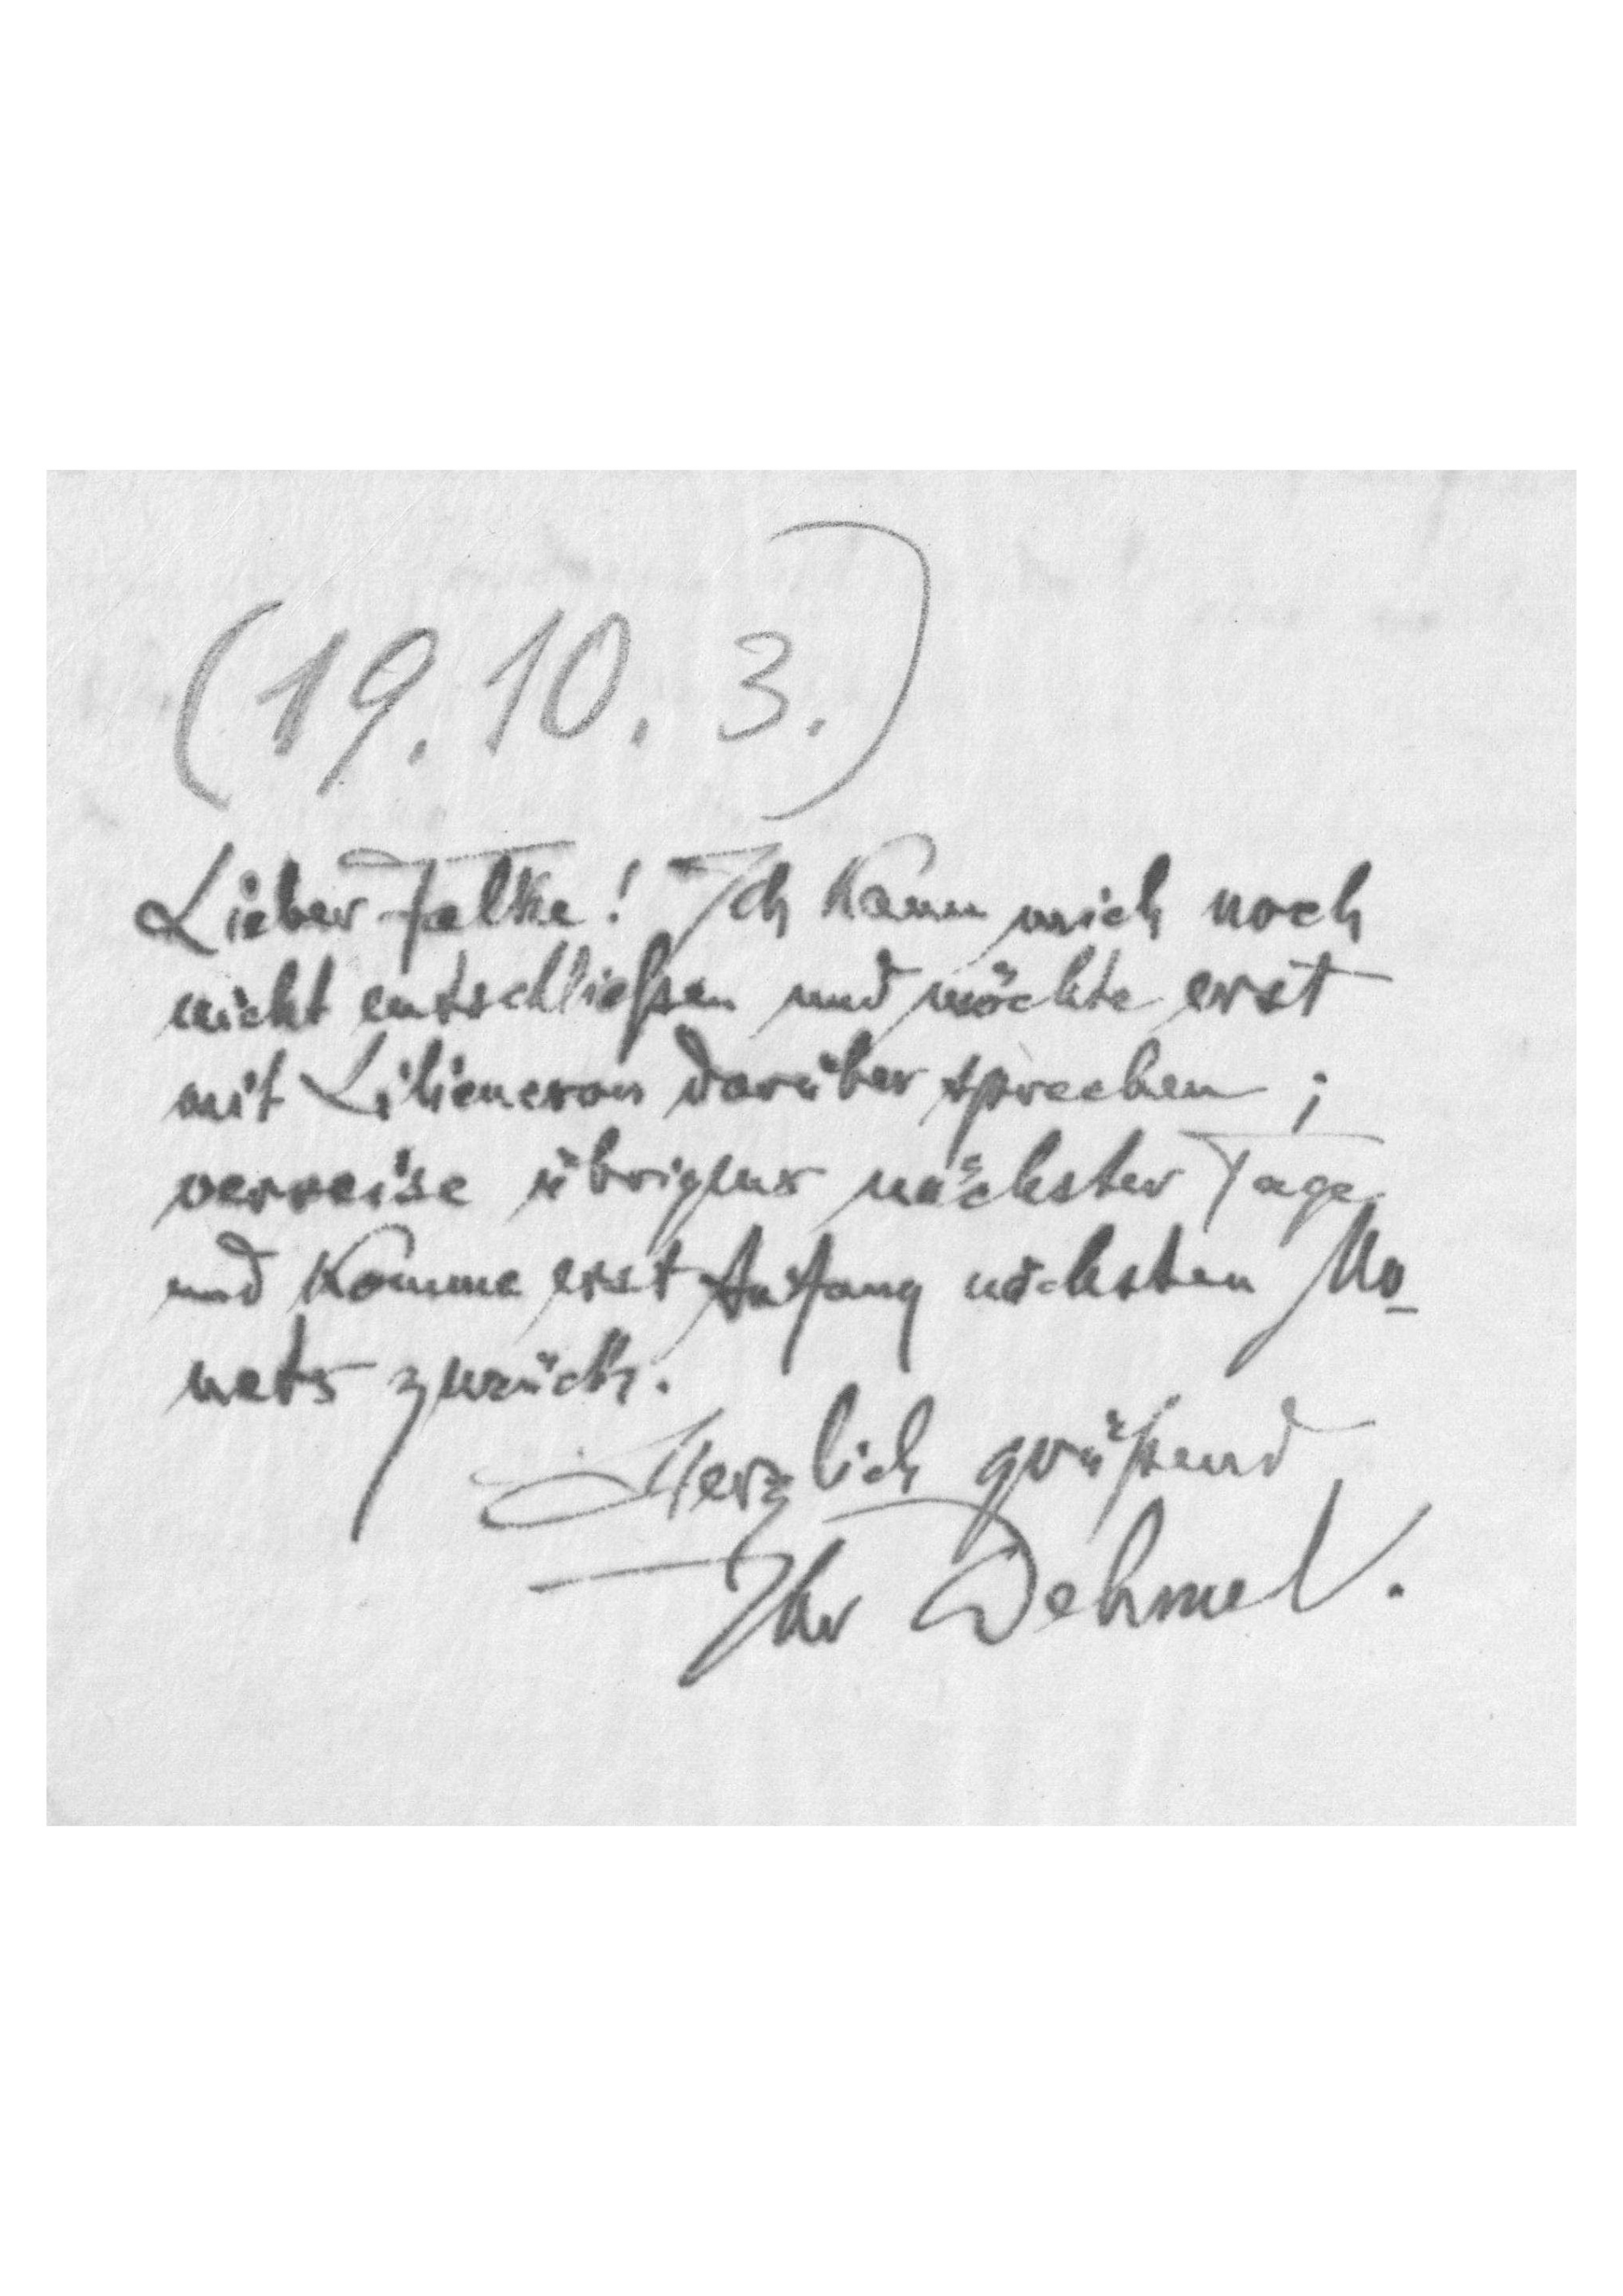
(19.10.3.)
Lieber Falke! Ich kann mich noch
nicht entschließen und möchte erst
mit Liliencron darüber sprechen;
verreise übrigens nächster Tage
und komme erst Anfang nächsten Mo-
nats zurück.
Herzlich grüßend
Ihr Dehmel.